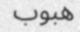
ھبوب